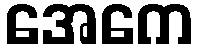
အေကေ